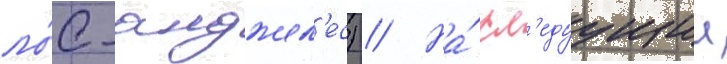
ло́с-анджел'ес) // На́ сл'едуущии